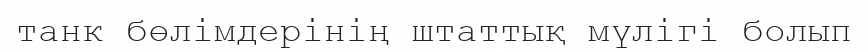
танк бөлімдерінің штаттық мүлігі болып